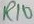
Text: R10